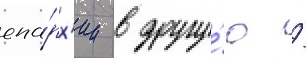
епа́рх'ии в другу́ю /